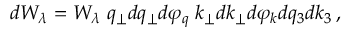
d W _ { \lambda } = W _ { \lambda } \; q _ { \perp } d q _ { \perp } d \varphi _ { q } \; k _ { \perp } d k _ { \perp } d \varphi _ { k } d q _ { 3 } d k _ { 3 } \, ,